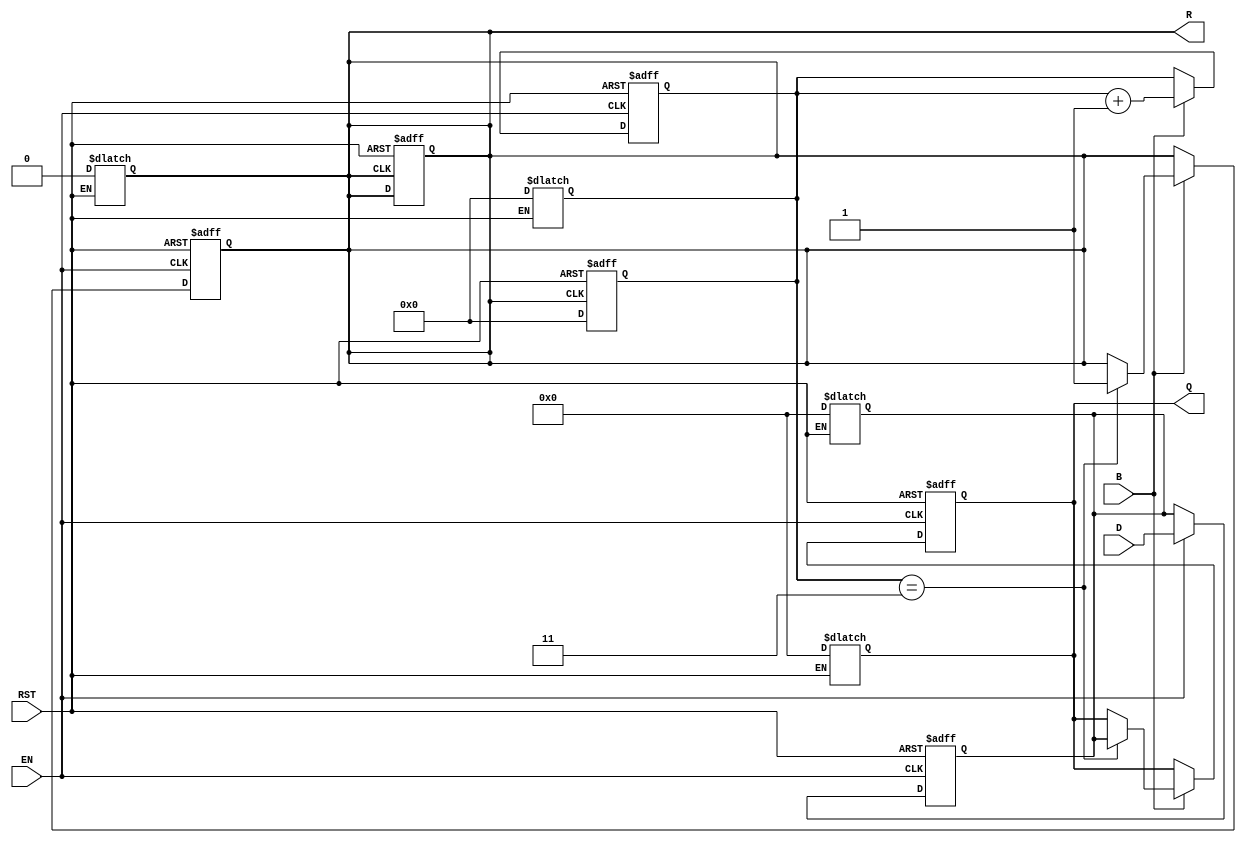
module BarrierRegister #(
    parameter WIDTH = 8,  // Width of the data inputs/outputs
    parameter NUM_PROCESSES = 4 // Number of processes to synchronize
)(
    input wire [WIDTH-1:0] D,     // Data inputs
    input wire EN,                 // Enable signal
    input wire B,                  // Barrier signal
    input wire RST,                // Asynchronous reset
    output reg [WIDTH-1:0] Q,      // Data outputs
    output reg R                   // Ready signal
);

    // Internal register to hold the data
    reg [WIDTH-1:0] data_reg;
    reg [NUM_PROCESSES-1:0] ready_count; // Count of processes that have reached the barrier

    // Asynchronous reset
    always @(*) begin
        if (RST) begin
            Q <= 0;  // Clear outputs
            data_reg <= 0; // Clear internal register
            R <= 0; // Set ready signal low
            ready_count <= 0; // Reset ready count
        end
    end

    // Capture data and handle barrier synchronization
    always @(posedge EN or posedge RST) begin
        if (RST) begin
            Q <= 0;
            data_reg <= 0;
            R <= 0;
            ready_count <= 0;
        end else begin
            if (EN) begin
                data_reg <= D; // Latch the input data
            end
            
            // Check if the barrier signal is asserted
            if (B) begin
                ready_count <= ready_count + 1; // Increment the count of ready processes
                if (ready_count == NUM_PROCESSES - 1) begin
                    Q <= data_reg; // Release the data to outputs
                    R <= 1; // Assert ready signal
                end
            end
        end
    end

    // Reset the ready count when the output is released
    always @(posedge R or negedge RST) begin
        if (RST) begin
            ready_count <= 0; // Reset counter on asynchronous reset
        end else begin
            ready_count <= 0; // Reset counter after data is released
            R <= 0; // Deassert ready signal
        end
    end

endmodule